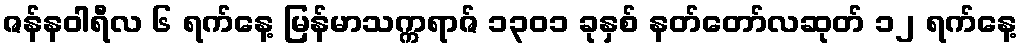
ဇန်နဝါရီလ ၆ ရက်နေ့ မြန်မာသက္ကရာဇ် ၁၃၀၁ ခုနှစ် နတ်တော်လဆုတ် ၁၂ ရက်နေ့